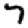
Digit: 7